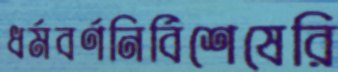
ধর্মবর্ণনির্বিশেষেরি